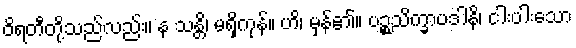
ဝိရတီတို့သည်လည်း။ န သန္တိ၊ မရှိကုန်။ ဟိ၊ မှန်၏။ ပဉ္စသိက္ခာပဒါနိ၊ ငါးပါးသော